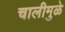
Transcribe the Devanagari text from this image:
चालीमुळे